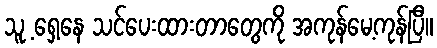
သူ့ ရှေ့နေ သင်ပေးထားတာတွေကို အကုန်မေ့ကုန်ပြီ။